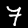
Digit: 7